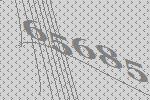
65685